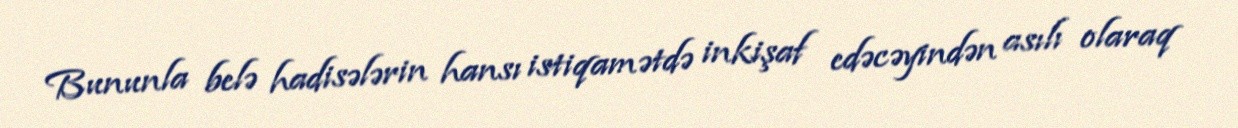
Bununla belə hadisələrin hansı istiqamətdə inkişaf edəcəyindən asılı olaraq